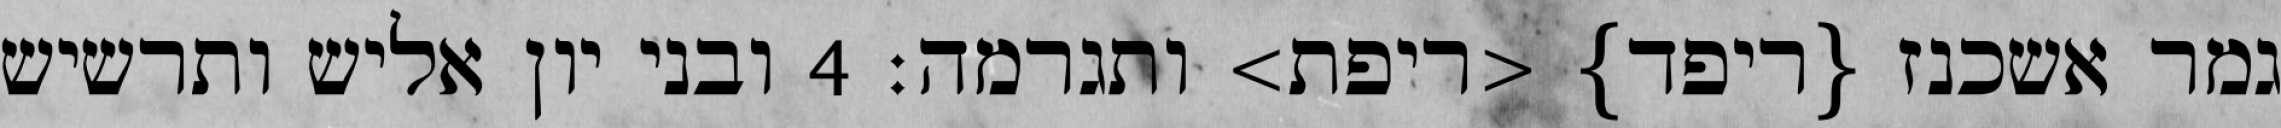
גמר אשכנז {ריפד} <ריפת> ותגרמה׃ ‎4‏ ובני יון אליש ותרשיש